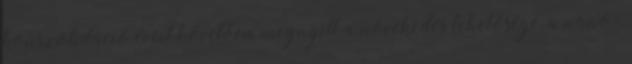
konszolidáció éveit követően megnyílt a növekedés lehetősége, a nano-,